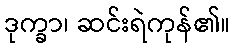
ဒုက္ခာ၊ ဆင်းရဲကုန်၏။